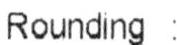
ROUNDING :